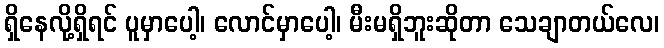
ရှိနေလို့ရှိရင် ပူမှာပေါ့၊ လောင်မှာပေါ့၊ မီးမရှိဘူးဆိုတာ သေချာတယ်လေ၊